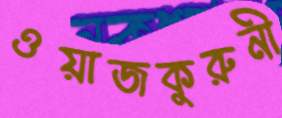
ওয়াজকুরুনী